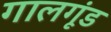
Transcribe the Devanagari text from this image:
गालगूंड